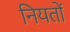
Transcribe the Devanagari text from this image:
नियतों